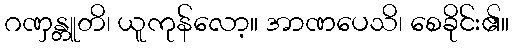
ဂဏှန္တူတိ၊ ယူကုန်လော့။ အာဏပေသိ၊ စေခိုင်း၏။